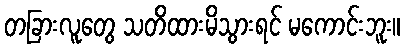
တခြားလူတွေ သတိထားမိသွားရင် မကောင်းဘူး။